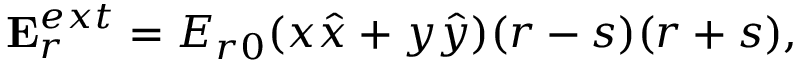
{ \bf { E } } _ { r } ^ { e x t } = { E _ { r 0 } } ( { x { \hat { x } } + y { \hat { y } } } ) ( r - s ) ( r + s ) { , }